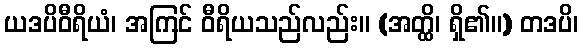
ယဒပိဝီရိယံ၊ အကြင် ဝီရိယသည်လည်း။ (အတ္ထိ၊ ရှိ၏။) တဒပိ၊